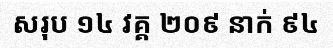
សរុប ១៤ វគ្គ ២០៩ នាក់ ៩៤